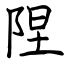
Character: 陧